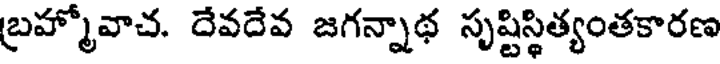
బ్రహ్మోవాచ. దేవదేవ జగన్నాథ సృష్టిస్థిత్యంతకారణ